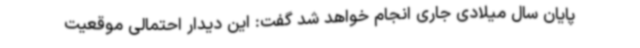
پایان سال میلادی جاری انجام خواهد شد گفت: این دیدار احتمالی موقعیت